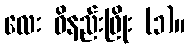
လေး ဝိနည်းဖြိုး (၁)။